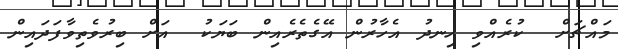
މައްޗަށް  ކުރެއްވި ހިނދު އެހާރުން އޭގެތެރެއިން ބަޔަކު  އަށް ބިރުވެތިވާފަދައިން